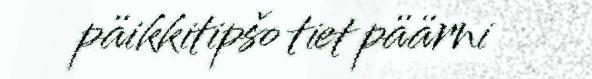
päikkitipšo tiet päärni